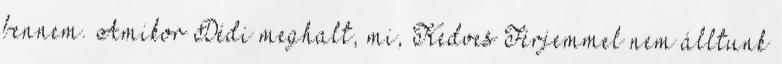
bennem. Amikor Dédi meghalt, mi, Kedves Férjemmel nem álltunk